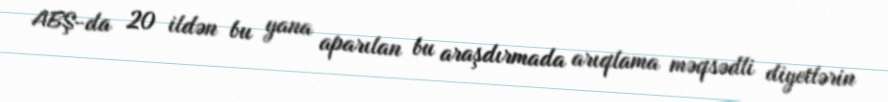
ABŞ-da 20 ildən bu yana aparılan bu araşdırmada arıqlama məqsədli diyetlərin